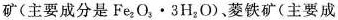
矿(主要成分是Fe_{2}O_{3} \bullet 3H_{2}O)、菱铁矿(主要成